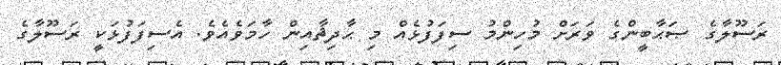
ރަސޫލާގެ ޞަޙާބީންގެ ވަރަށް މުހިންމު ސިފަފުޅެއް މި ޙާދިޘާއިން ހާމަވެއެވެ. އެސިފަފުޅަކީ ރަސޫލާގެ